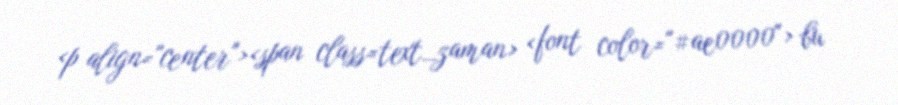
<p align="center"><span class=text_zaman> <font color="#ae0000"> bu